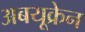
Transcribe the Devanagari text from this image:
अबयूक्रेन